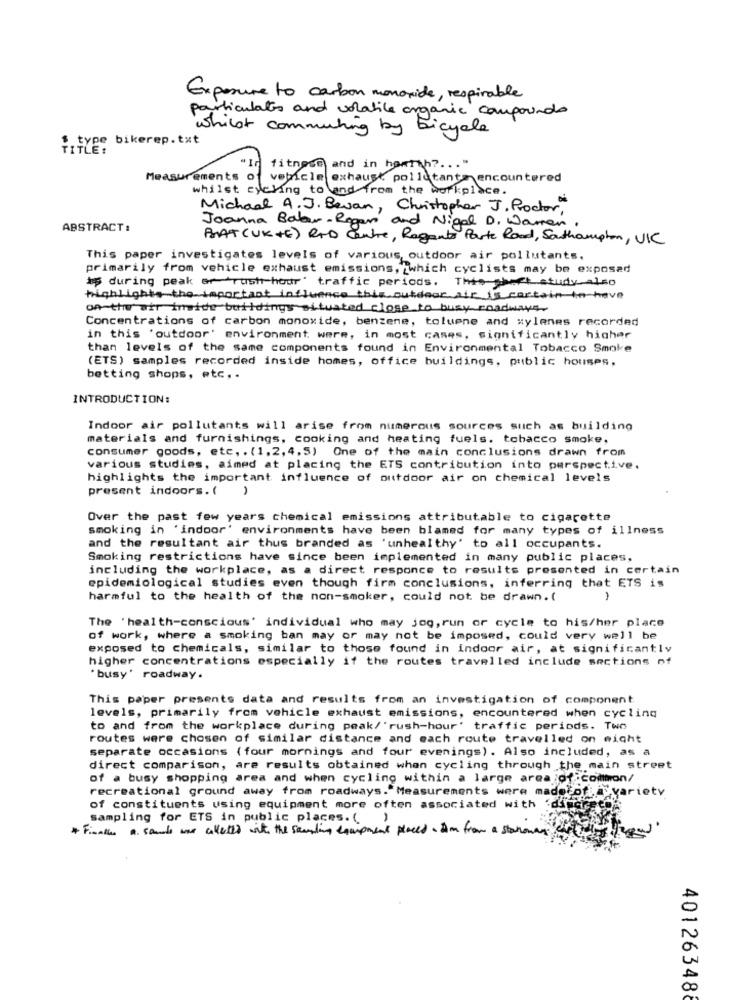
Exposure to carbon monoxide, respirable
particulates and volatile organic compounds
whilst commuting by bicycle
.. type bikerep.txt
TITLE:
fitness and in harTh ?... "
Measurements of
vehicle exhaust pollutants- encountered
whilst cycling to and from the workplace.
Michael A. J. Bevan, Christopher J. Proctor"
Joanna Babar- Rogen and Nigel D. Warren
ABSTRACT:
PRAT (UK +E) RAD Contre, Regents Parte Road, Southampton, VKC
This paper investigates levels of various, outdoor air pollutants.
primarily from vehicle exhaust emissions, which cyclists may be exposed
&p during peak er rush hour' traffic periods. This-sheet study-also
highlights the important influence this outdoor air is certain to have
of the ast inside buildings situated close to busy roadways
Concentrations of carbon monoxide, benzene, toluene and xylenes recorded
in this 'outdoor' environment were, in most cases, significantly higher
than levels of the same components found in Environmental Tobacco Smoke
(ETS) samples recorded inside homes, office buildings, public houses,
betting shops, etc. .
INTRODUCTION:
Indoor air pollutants will arise from numerous sources such as building
materials and furnishings, cooking and heating fuels. tobacco smoke,
consumer goods, etc, . (1, 2, 4,5) One of the main conclusions drawn from
various studies, aimed at placing the ETS contribution into perspective.
highlights the important influence of outdoor air on chemical levels
present indoors. ( )
Over the past few years chemical emissions attributable to cigarette
smoking in 'indoor' environments have been blamed for many types of illness
and the resultant air thus branded as 'unhealthy' to all occupants.
Smoking restrictions have since been implemented in many public places,
including the workplace, as a direct responce to results presented in certain
epidemiological studies even though firm conclusions, inferring that ETS is
harmful to the health of the non-smoker, could not be drawn. (
-
The 'health-conscious' individual who may jog, run or cycle to his/her place
of work, where a smoking ban may or may not be imposed, could very well be
exposed to chemicals, similar to those found in indoor air, at significantly
higher concentrations especially if the routes travelled include sections of
'busy' roadway.
This paper presents data and results from an investigation of component
levels, primarily from vehicle exhaust emissions, encountered when cycling
to and from the workplace during peak/ 'rush-hour' traffic periods. Two
routes were chosen of similar distance and each route travelled on might
separate occasions (four mornings and four evenings). Also included, as a
direct comparison, are results obtained when cycling through the main street
of a busy shopping area and when cycling within a large area of common/
recreational ground away from roadways."Measurements were madeloftvariety
of constituents using equipment more often associated with diecie
Sampling for ETS in public places. ( )
* Fixalla a. sounds was alletes with the samling equipment placed . I'm from a starowar caft
40126348